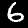
Digit: 6